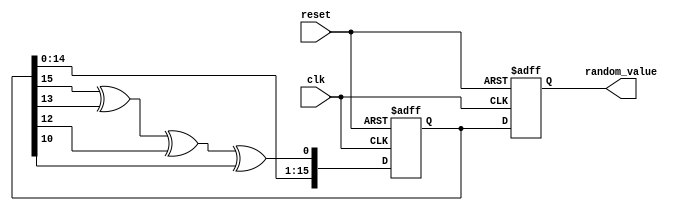
module RandomInitialization (
    input wire clk,
    input wire reset,
    output reg [15:0] random_value
);

    // LFSR seed initialization
    reg [15:0] lfsr;
    wire lfsr_feedback;

    // Feedback polynomial for LFSR (x^16 + x^14 + x^13 + x^11 + 1)
    assign lfsr_feedback = lfsr[15] ^ lfsr[13] ^ lfsr[12] ^ lfsr[10];

    always @(posedge clk or posedge reset) begin
        if (reset) begin
            // Reset the LFSR and random value
            lfsr <= 16'hACE1; // Example seed value
            random_value <= 16'h0000; // Clear random value
        end else begin
            // Shift and generate new random value
            lfsr <= {lfsr[14:0], lfsr_feedback}; // Shift left and insert feedback
            random_value <= lfsr; // Update random value output
        end
    end

endmodule